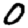
Digit: 0